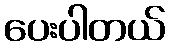
ပေးပါတယ်